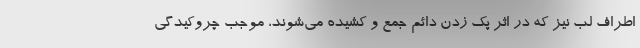
اطراف لب نیز که در اثر پک زدن دائم جمع و کشیده می‌شوند، موجب چروکیدگی